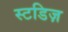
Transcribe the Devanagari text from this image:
स्टडिज़